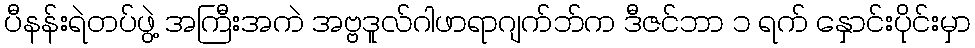
ပီနန်းရဲတပ်ဖွဲ့ အကြီးအကဲ အဗ္ဗဒူလ်ဂါဖာရာဂျက်ဘ်က ဒီဇင်ဘာ ၁ ရက် နှောင်းပိုင်းမှာ